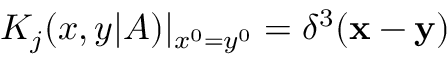
K _ { j } ( x , y | A ) | _ { x ^ { 0 } = y ^ { 0 } } = \delta ^ { 3 } ( { \bf x } - { \bf y } )